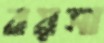
বয়সা